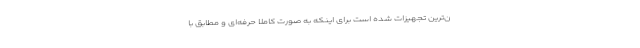
ن‌ترین تجهیزات شده است برای اینکه به صورت کاملا حرفه‌ای و مطابق با